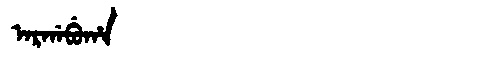
Manchu: ᠠᡵᡤᠠᠪᡠᡥᠠ
Romanization: ARGABUHA